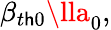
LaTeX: \beta_{t\mathsf{h}0}\lla_{0},